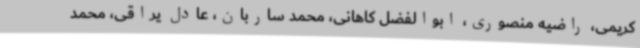
کریمی، راضیه منصوری، ابوالفضل کاهانی، محمد ساربان، عادل یراقی، محمد